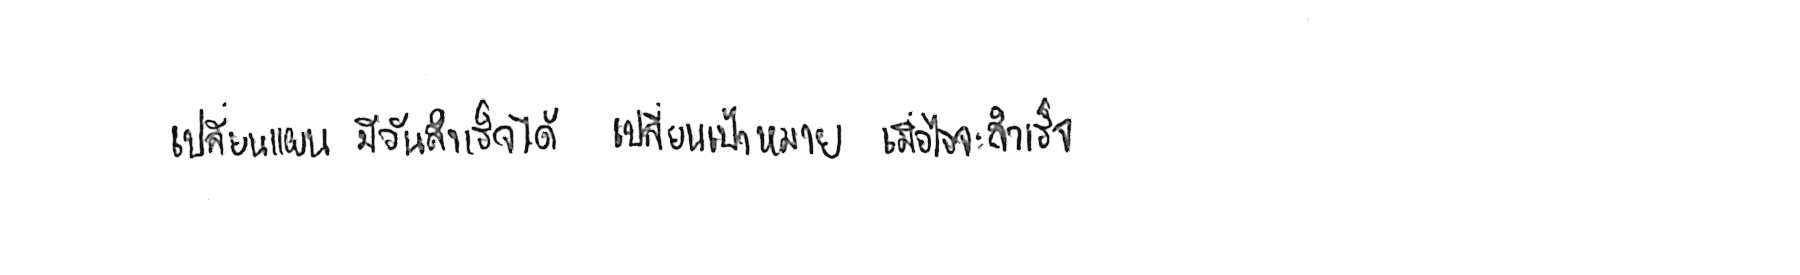
เปลี่ยนแผน มีวันสำเร็จได้ เปลี่ยนเป้าหมาย เมื่อไหร่จะสำเร็จ